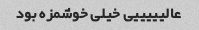
عالیییییی خیلی خوشمزه بود